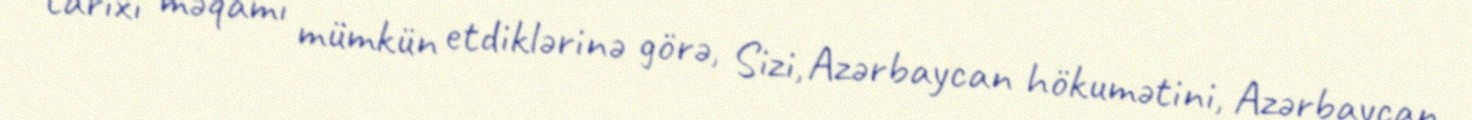
tarixi məqamı mümkün etdiklərinə görə, Sizi, Azərbaycan hökumətini, Azərbaycan